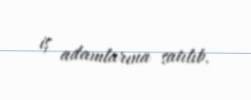
iş adamlarına satılıb.